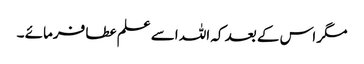
مگر اس کے بعد کہ اللہ اسے علم عطا فرمائے ۔